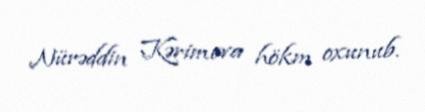
Nürəddin Kərimova hökm oxunub.